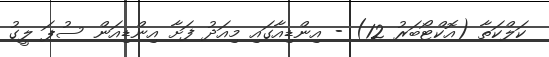
ކަލްކަތާ (އޮކްޓޯބަރު 12) - އިންޑިއާގައި މިއަދު ފަށާ އިންޑިއަން ސުޕަ ލީގު